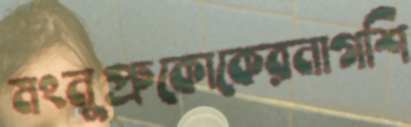
মংনুপ্রুকোকেরনাগশি